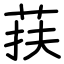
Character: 荴